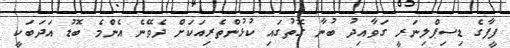
ފީފާގެ ޑިސިޕްލިނަރީ ގަވާއިދު ބުނާ ގޮތުގައި ކުޅުންތެރިއަކަށް ދެވޭނެ އެންމެ ބޮޑު އަދަބަކީ